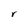
Character: r